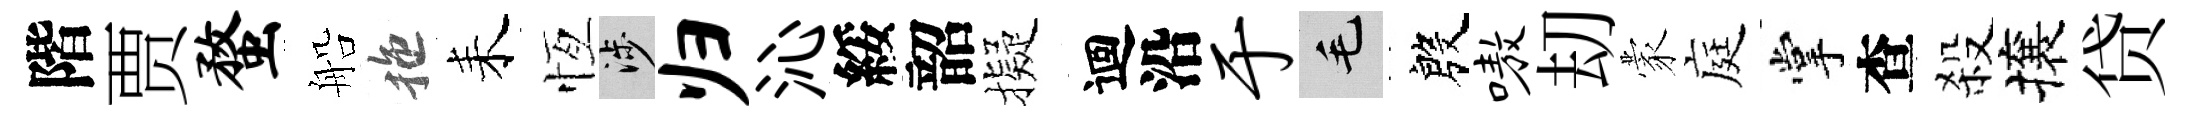
階贾蝥船拖耒恆涉归沁綏韶擬迴沿于毛殷嗷刧蒙庭掌查殺攘贷